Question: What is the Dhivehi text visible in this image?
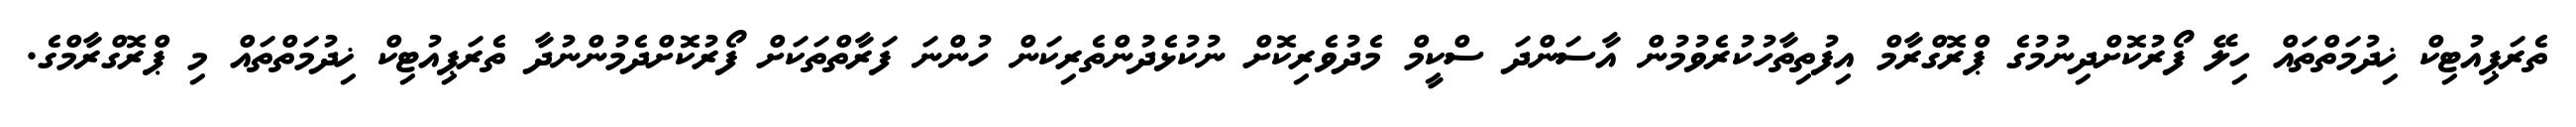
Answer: ތެރަޕިއުޓިކް ޚިދުމަތްތައް ހިލޭ ފޯރުކޮށްދިނުމުގެ ޕްރޮގްރާމް އިފުތިތާހުކުރެވުމުން އާސަންދަ ސްކީމް މެދުވެރިކޮށް ނުކުޅެދުންތެރިކަން ހުންނަ ފަރާތްތަކަށް ފޯރުކޮށްދެމުންނުދާ ތެރަޕިއުޓިކް ޚިދުމަތްތައް މި ޕްރޮގްރާމްގެ.